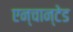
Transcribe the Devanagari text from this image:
एन्चान्टेड